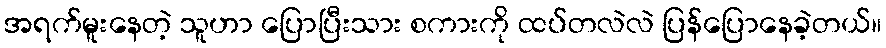
အရက်မူးနေတဲ့ သူဟာ ပြောပြီးသား စကားကို ထပ်တလဲလဲ ပြန်ပြောနေခဲ့တယ်။